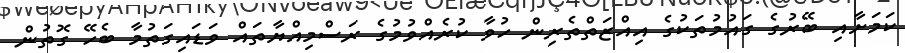
ކަމަށާއި ބޭރުގެ ގައުމުތަކުގެ އިއްޒަތްތެރިން ހުވާ ކުރެއްވުމުގެ ރަސްމިއްޔާތައް ވަޑައިގަތުމާ ބެހޭ ގޮތުން